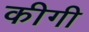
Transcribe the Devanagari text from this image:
कीगी